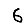
Digit: 6